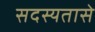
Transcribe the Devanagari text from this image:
सदस्यतासे